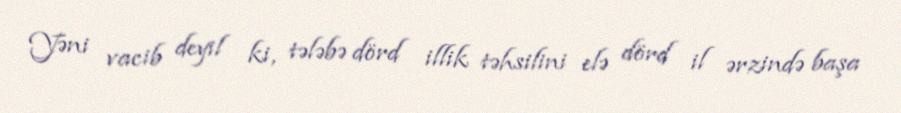
Yəni vacib deyil ki, tələbə dörd illik təhsilini elə dörd il ərzində başa